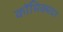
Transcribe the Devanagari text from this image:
कॉमिक्सवर